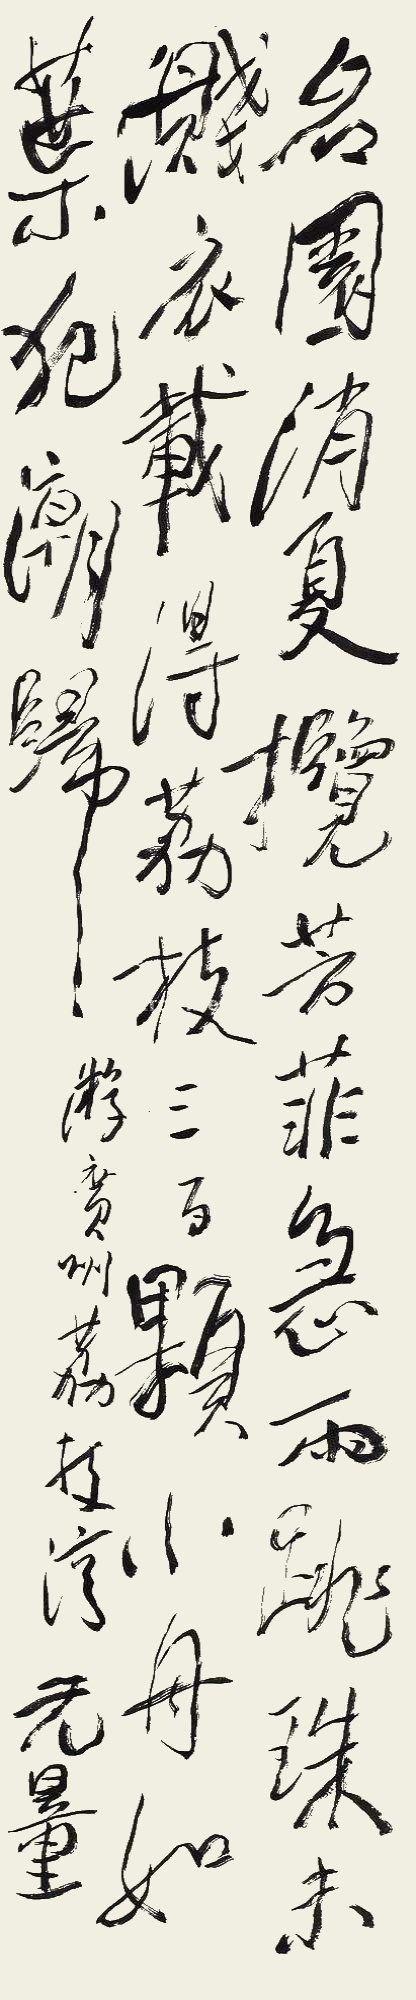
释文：名园消夏揽芳菲，急雨跳珠未溅衣。载得荔枝三百颗，小舟如叶犯潮归。游广州荔枝湾。无量。